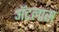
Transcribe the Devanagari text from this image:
अॅटलास